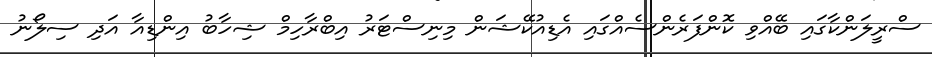
ސްރީލަންކާގައި ބޭއްވި ކޮންފަރެންސެއްގައި އެޑިއުކޭޝަން މިނިސްޓަރު އިބްރާހިމް ޝިހާބު އިންޑިއާ އަދި ސިލޯނު